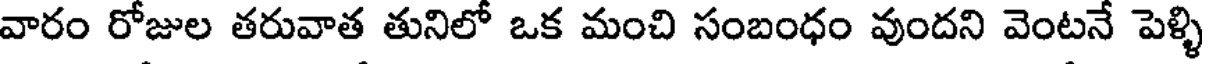
వారం రోజుల తరువాత తునిలో ఒక మంచి సంబంధం వుందని వెంటనే పెళ్ళి